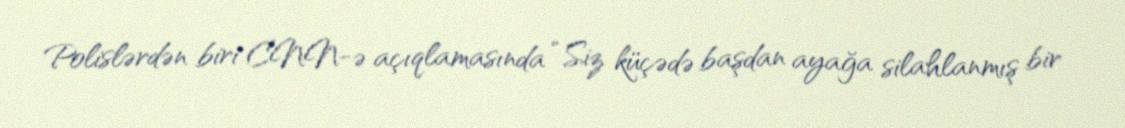
Polislərdən biri CNN-ə açıqlamasında “Siz küçədə başdan ayağa silahlanmış bir